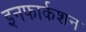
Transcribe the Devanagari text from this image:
इनफार्कशन